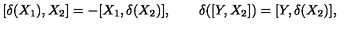
[ \delta ( X _ { 1 } ) , X _ { 2 } ] = - [ X _ { 1 } , \delta ( X _ { 2 } ) ] , \qquad \delta ( [ Y , X _ { 2 } ] ) = [ Y , \delta ( X _ { 2 } ) ] ,